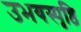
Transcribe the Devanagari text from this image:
उभयस्पृष्ठि